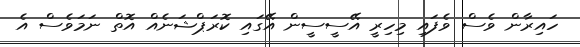
ހައިރާން ވެސް ވެފައި މިހިރީ އޭސީސީން އޭގައި ކޮރަޕްޝަނެއް އޮތް ނަމަވެސް އެ